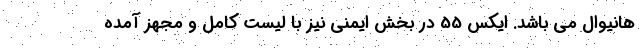
هانیوال می باشد. ایکس 55 در بخش ایمنی نیز با لیست کامل و مجهز آمده